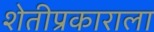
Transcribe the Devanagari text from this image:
शेतीप्रकाराला